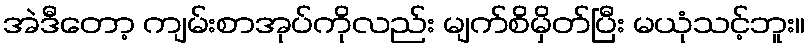
အဲဒီတော့ ကျမ်းစာအုပ်ကိုလည်း မျက်စိမှိတ်ပြီး မယုံသင့်ဘူး။